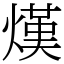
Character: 熯